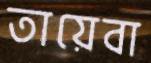
তায়েবা